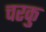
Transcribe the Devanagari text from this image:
चरकु